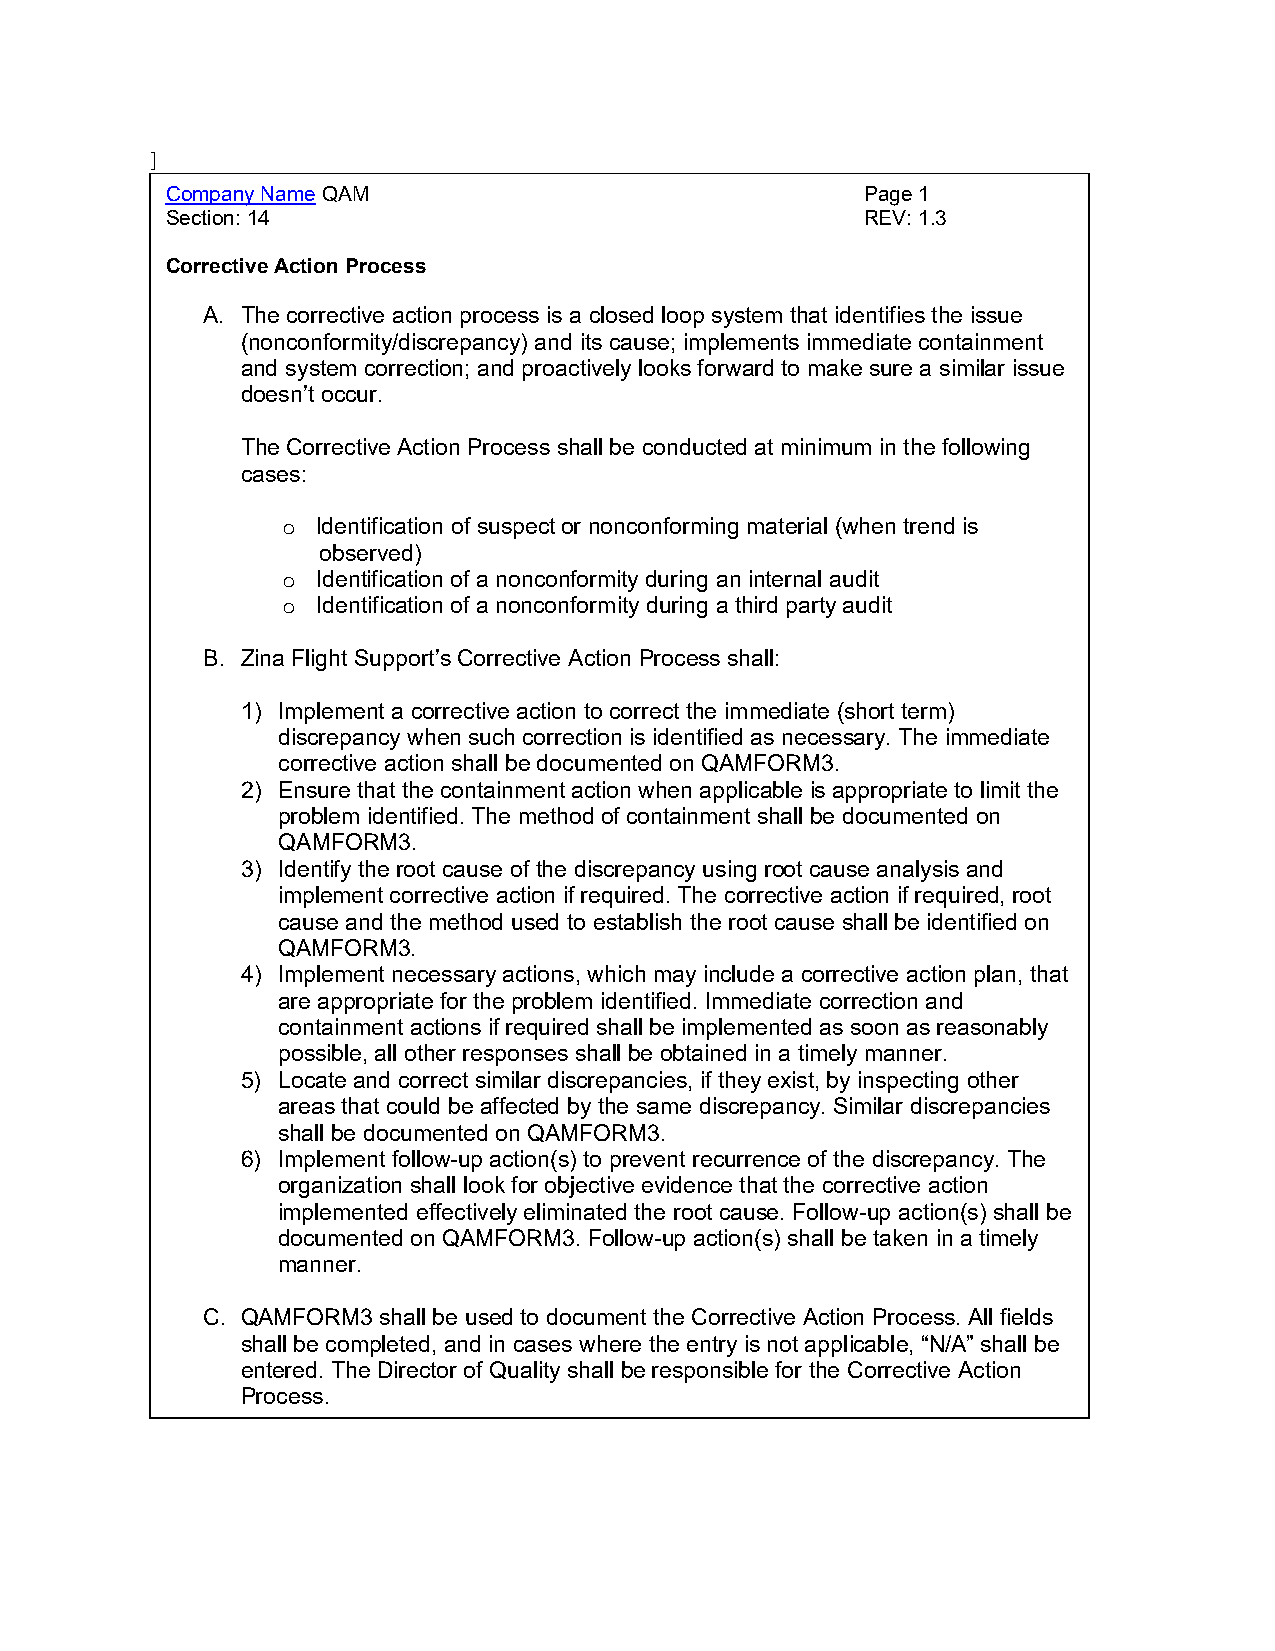
]
 Company Name QAM                              Page 1
 Section: 14                                   REV: 1.3
 Corrective Action Process
 A. The corrective action process is a closed loop system that identifies the issue
 (nonconformity/discrepancy) and its cause; implements immediate containment
 and system correction; and proactively looks forward to make sure a similar issue
 doesn’t occur.
 The Corrective Action Process shall be conducted at minimum in the following
 cases:
 Identification of suspect or nonconforming material (when trend is
 o
 observed)
 Identification of a nonconformity during an internal audit
 o
 Identification of a nonconformity during a third party audit
 o
 B. Zina Flight Support’s Corrective Action Process shall:
 1) Implement a corrective action to correct the immediate (short term)
 discrepancy when such correction is identified as necessary. The immediate
 corrective action shall be documented on QAMFORM3.
 2) Ensure that the containment action when applicable is appropriate to limit the
 problem identified. The method of containment shall be documented on
 QAMFORM3.
 3) Identify the root cause of the discrepancy using root cause analysis and
 implement corrective action if required. The corrective action if required, root
 cause and the method used to establish the root cause shall be identified on
 QAMFORM3.
 4) Implement necessary actions, which may include a corrective action plan, that
 are appropriate for the problem identified. Immediate correction and
 containment actions if required shall be implemented as soon as reasonably
 possible, all other responses shall be obtained in a timely manner.
 5) Locate and correct similar discrepancies, if they exist, by inspecting other
 areas that could be affected by the same discrepancy. Similar discrepancies
 shall be documented on QAMFORM3.
 6) Implement follow-up action(s) to prevent recurrence of the discrepancy. The
 organization shall look for objective evidence that the corrective action
 implemented effectively eliminated the root cause. Follow-up action(s) shall be
 documented on QAMFORM3. Follow-up action(s) shall be taken in a timely
 manner.
 C. QAMFORM3 shall be used to document the Corrective Action Process. All fields
 shall be completed, and in cases where the entry is not applicable, “N/A” shall be
 entered. The Director of Quality shall be responsible for the Corrective Action
 Process.